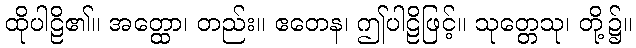
ထိုပါဠိ၏။ အတ္ထော၊ တည်း။ ဧတေန၊ ဤပါဠိဖြင့်။ သုတ္တေသု၊ တို့၌။